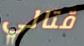
قتالي